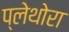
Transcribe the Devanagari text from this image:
प्लेथोरा